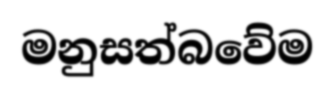
මනුසත්බවේම